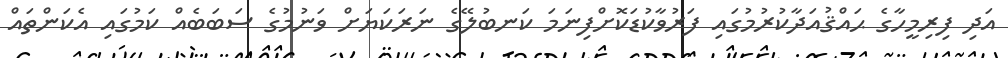
އަދި ފިރިމީހާގެ ޙައްޤުއަދާކުރުމުގައި ފަރުވާކުޑަކޮށްފިނަމަ ކަނބުލޭގެ ނަރަކަޔަށް ވަނުމުގެ ސަބަބެއް ކަމުގައި އެކަންތައް